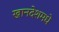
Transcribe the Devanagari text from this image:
खानदेशमधे